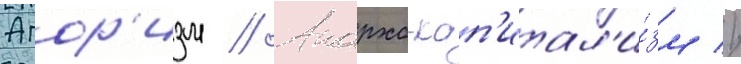
Агор'изм // Анархо-кап'итал'и́зм //